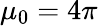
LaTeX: \mu_{0}=4\pi